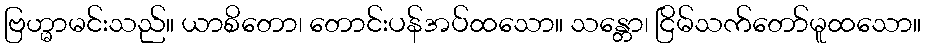
ဗြဟ္မာမင်းသည်။ ယာစိတော၊ တောင်းပန်အပ်ထသော။ သန္တော၊ ငြိမ်သက်တော်မူထသော။